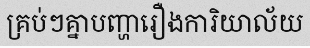
គ្រប់ៗគ្នាបញ្ហារឿងការិយាល័យ